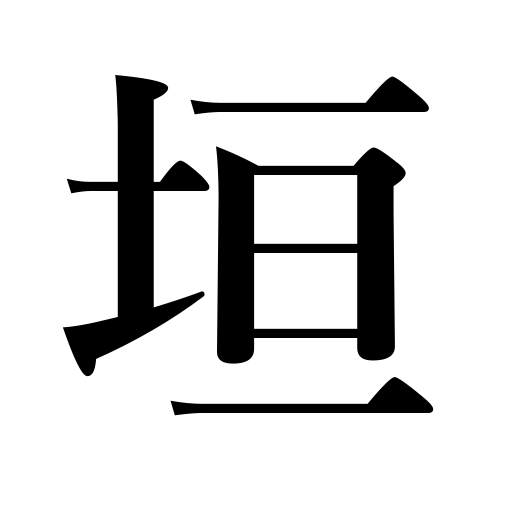
Meanings: wall,hedge,fence